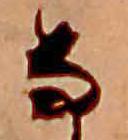
な